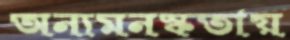
অন্যমনস্কতায়